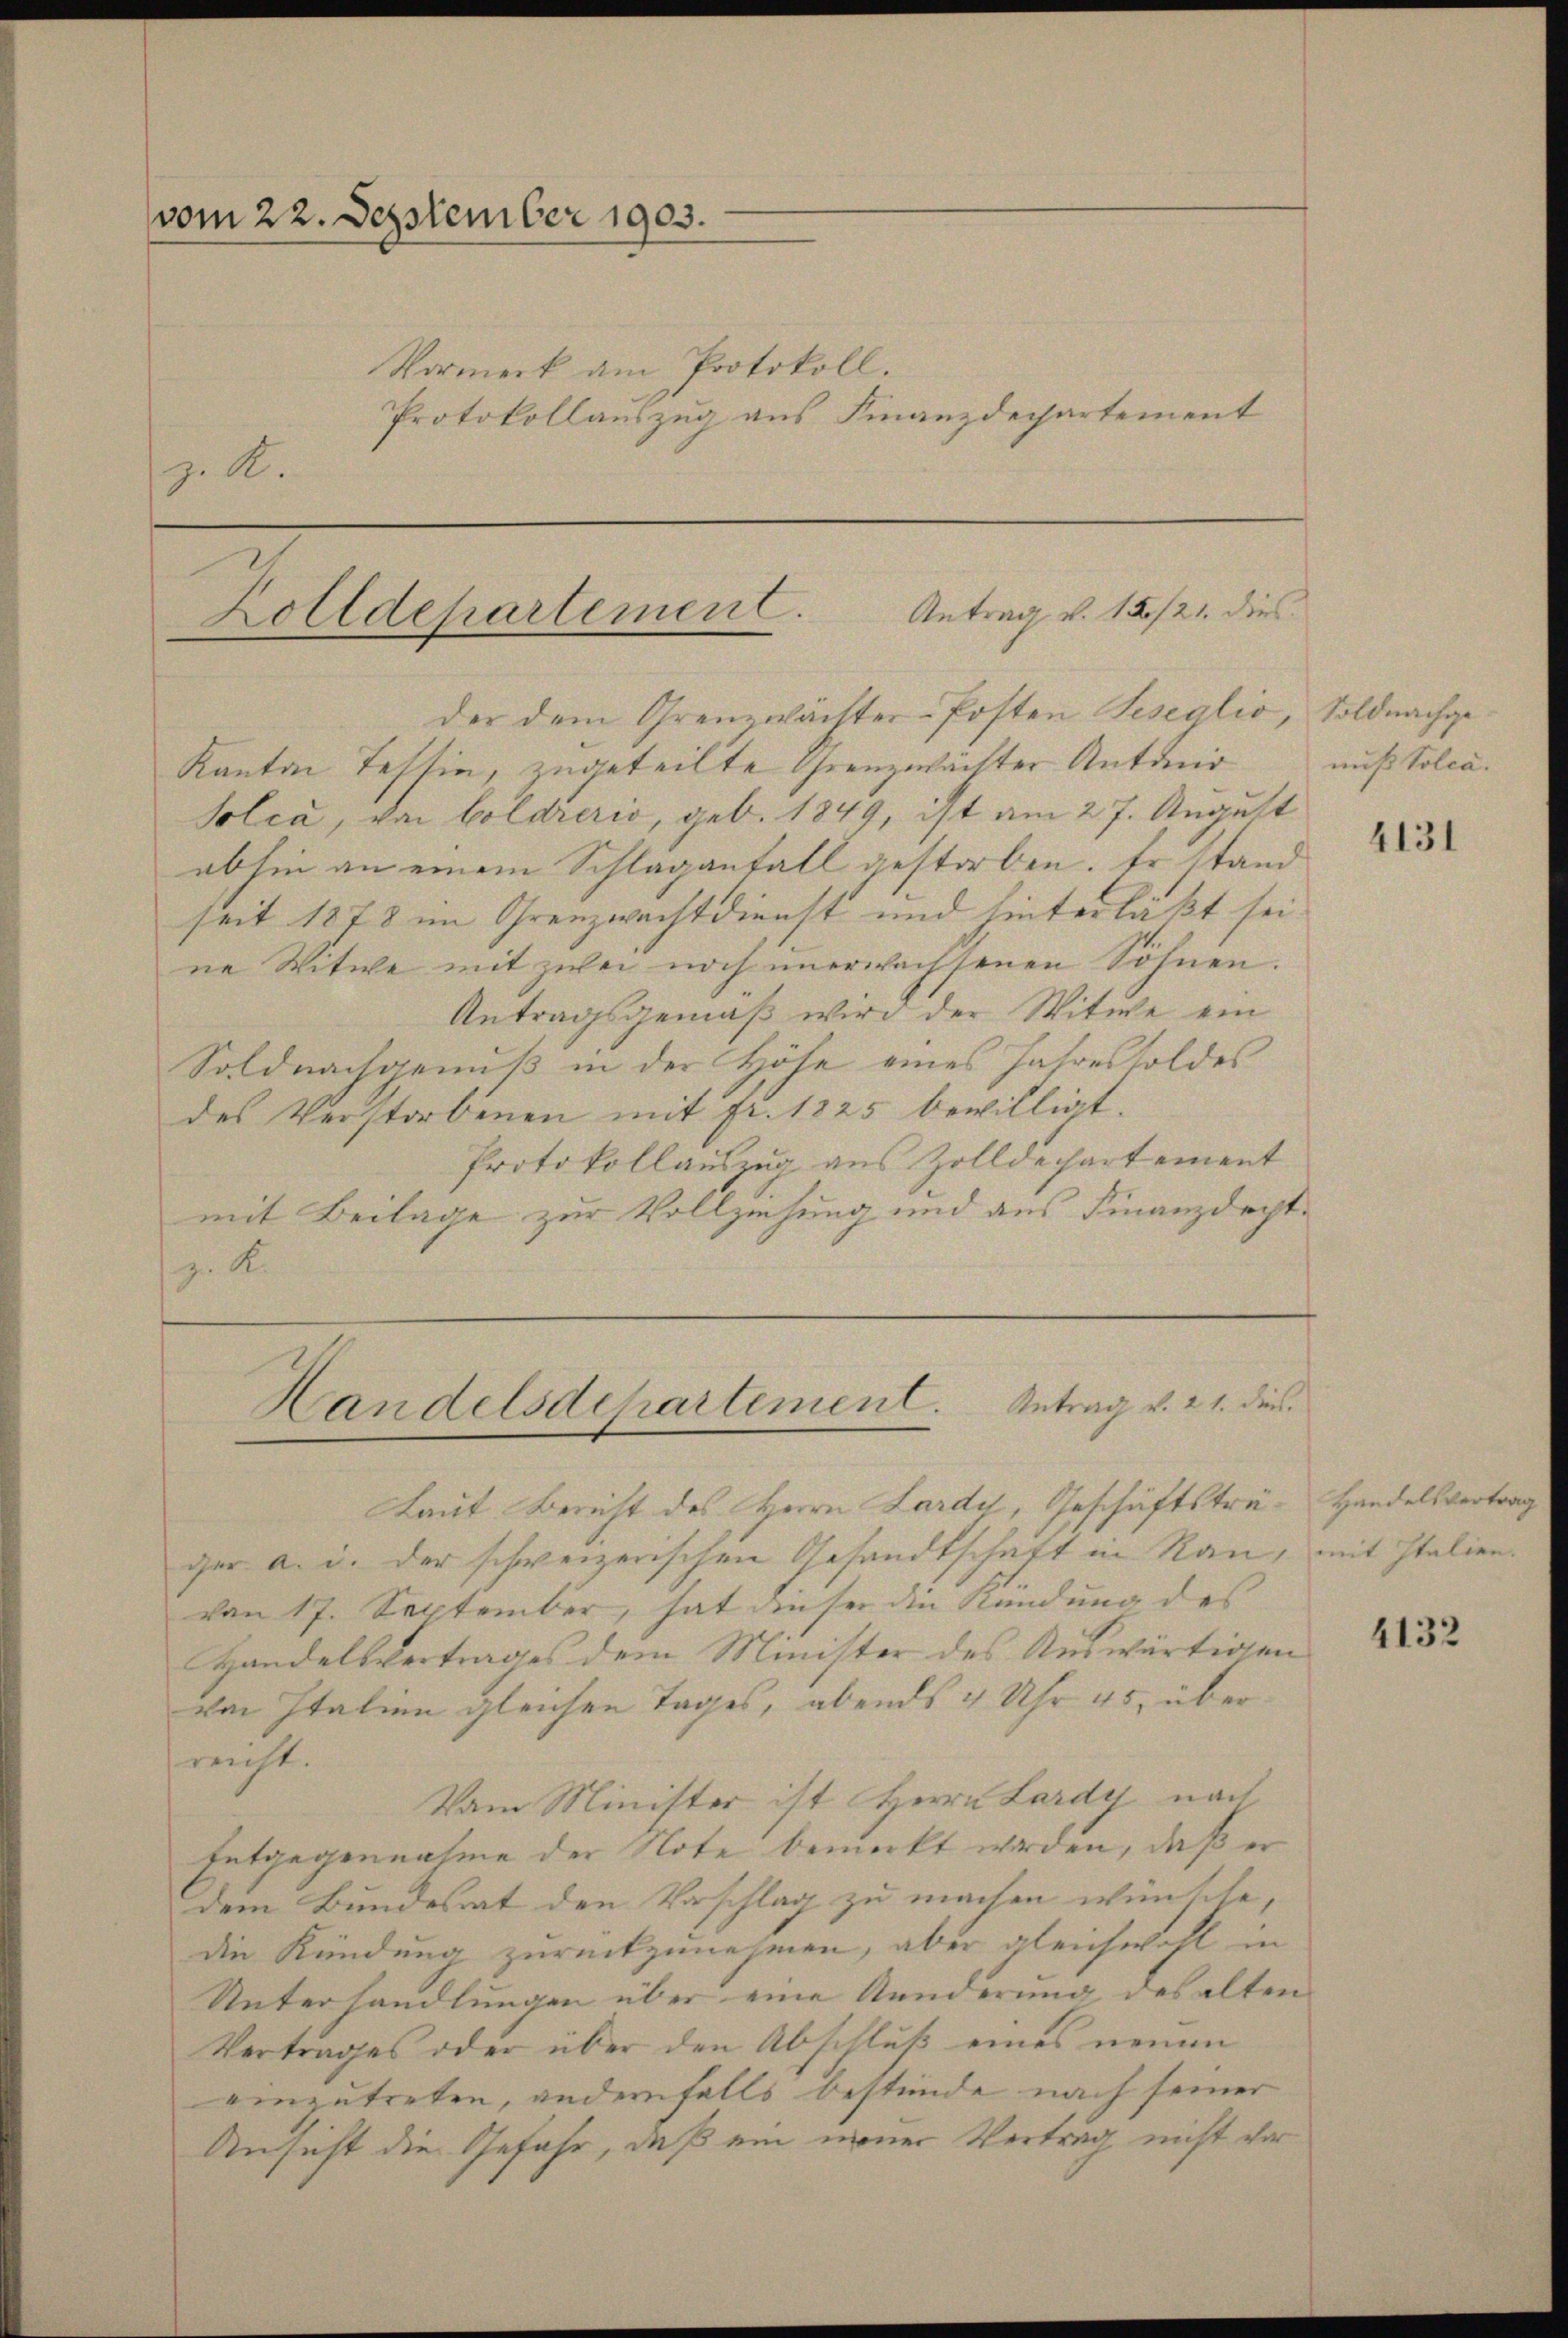
vom 22. September 1903.
Vormerk am Protokoll.

Protokollauszug aus Finanzdepartement
z. R.

Zolldepartement. Antrag v. 15./21. dies

der dem Grenzwächter-Posten Seseglio, Soldnachge¬
Kanton Tessin, zugeteilte Grenzwächter Antonir
Solca, von Goldreris, geb. 1849, ist am 27. August
abhin an einem Schlaganfall gestorben. Er stand
seit 1878 im Grenzwachtdienst und hinterläßt sei
ne Witwe mit zwei noch unerwachsenen Söhnen.
Antragsgemäß wird der Witwe ein
Soldnachgenuß in der Höhe eines Jahressoldes
des Verstorbenen mit fr. 1825 bewilligt.
Protokollauszug aus Zolldechartement
mit Beilage zur Vollziehung und aus Finanzdeptz. R.

Handelsdepartement. Antrag v. 21. dies

Laut Bericht des Herrn Lardy, Geschäftsträger a. c. der schweizerischen Gesandtschaft in Rau, mit Italien.
von 17. September, hat dieser die Kündung des
Handelsvertrages dem Minister des Auswärtigen
von Italien gleichen Tages, abends 4 Uhr 45, über
reicht.
Vom Minister ist Herrn Lardy nach
Entgegennahme der Note bemerkt werden, daß er
dem Bundesrat den Vorschlag zu machen wünsche,
die Kündung zurückzunehmen, aber gleichwohl in
Unterhandlungen über eine Kunderung des alten
Vertrages oder über den Abschluß eines neuen
einzutreten, andernfalls bestände nach seiner
Ansicht die Gefahr, daß ein mener Vertrag nicht vor

nuß Tolca.

4131

Handelsvertrag

4132